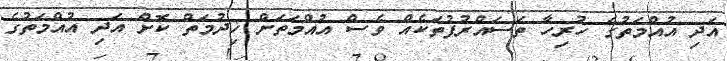
އަދި އުއްމަތުގެ ހުރިހާ ތަސައްރުފުތަކެއް ވެސް އުއްމަތަށް ޚިދުމަތް ކޮށް އަދި އުއްމަތުގެ